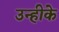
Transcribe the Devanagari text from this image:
उन्हीके